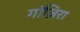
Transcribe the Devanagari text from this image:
गाॅज़िरा